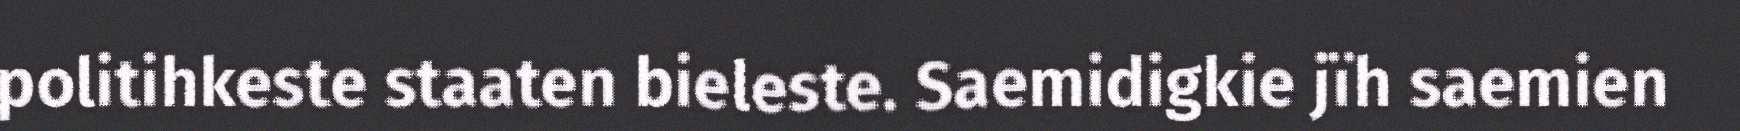
politihkeste staaten bieleste. Saemidigkie jïh saemien